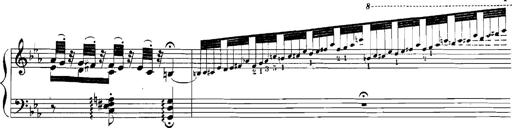
Title: Rhapsodies hongroises
Composer: Franz Liszt